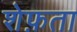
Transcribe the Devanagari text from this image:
शेफ़ता